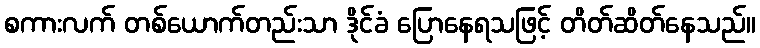
စကားလက် တစ်ယောက်တည်းသာ ဒိုင်ခံ ပြောနေရသဖြင့် တိတ်ဆိတ်နေသည်။